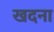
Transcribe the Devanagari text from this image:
खदना